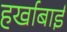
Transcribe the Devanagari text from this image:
हर्खाबाई